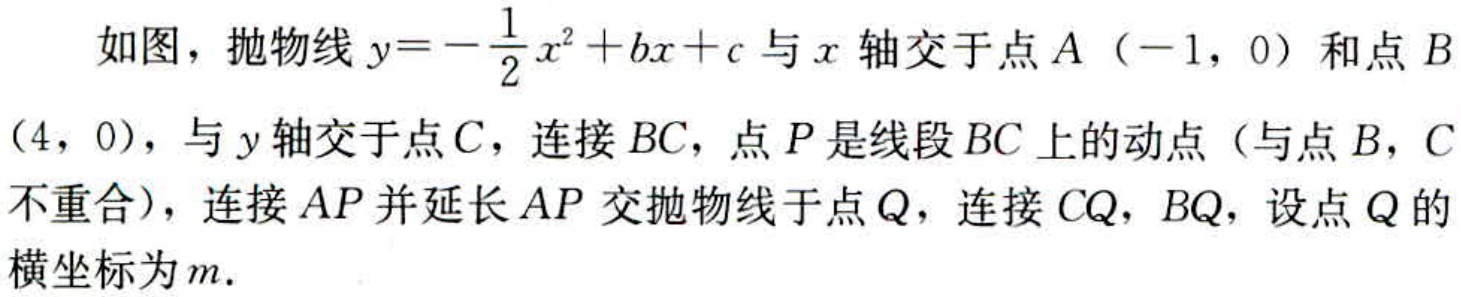
如图，抛物线\(y = -\frac{1}{2}x^{2}+bx + c\)与\(x\)轴交于点\(A(-1,0)\)和点\(B(4,0)\)，与\(y\)轴交于点\(C\)，连接\(BC\)，点\(P\)是线段\(BC\)上的动点（与点\(B\)，\(C\)不重合），连接\(AP\)并延长\(AP\)交抛物线于点\(Q\)，连接\(CQ\)，\(BQ\)，设点\(Q\)的横坐标为\(m\).